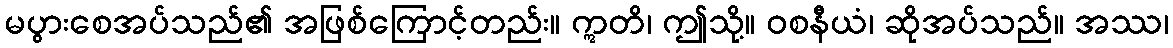
မပွားစေအပ်သည်၏ အဖြစ်ကြောင့်တည်း။ ဣတိ၊ ဤသို့။ ဝစနီယံ၊ ဆိုအပ်သည်။ အဿ၊